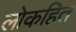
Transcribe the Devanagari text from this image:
लोकहित